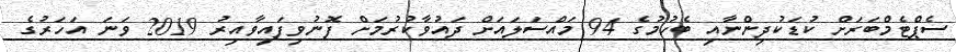
ސެޕްޓެމްބަރަށް ކުޑަކުދިންނާއި ބެހުމުގެ 94 މައްސަލައަށް ދައުވާކުރުމަށް ފޮނުވިފައިވާއިރު 2019 ވަނަ އަހަރުގެ